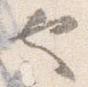
也